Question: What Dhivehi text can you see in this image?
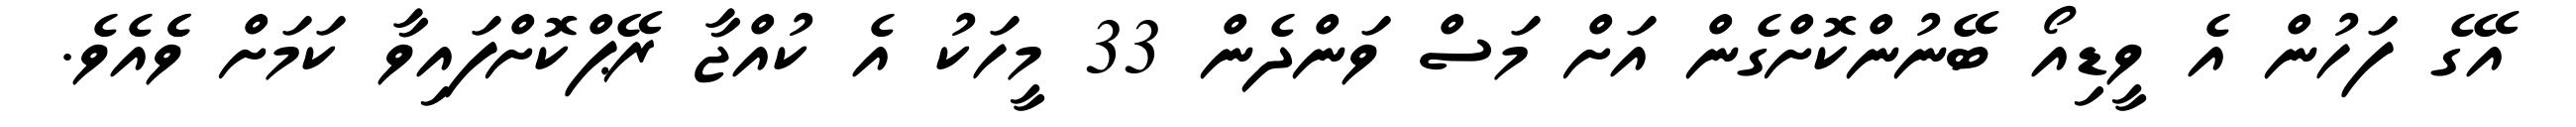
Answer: އޭގެ ފަހުން އެ ވީޑިއޯ ބޭނުންކޮށްގެން އަށް މަސް ވަންދެން 33 މީހަކު އެ ކުއްޖާ ރޭޕްކޮށްފައިވާ ކަމަށް ވެެއެވެ.